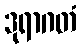
ဒုရာဂတံ